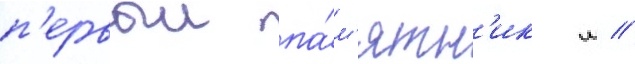
п'ервыи па́м'ятн'ик м //